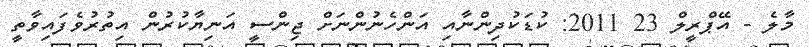
މާލެ - އޭޕްރީލް 23 2011: ކުޑަކުދިންނާއި އަންހެނުންނަށް ޖިންސީ އަނިޔާކުރުން އިތުރުވެފައިވާތީ